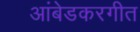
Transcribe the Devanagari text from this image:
आंबेडकरगीत